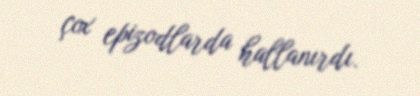
çox epizodlarda hallanırdı.